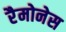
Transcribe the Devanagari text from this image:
रैमोनेस